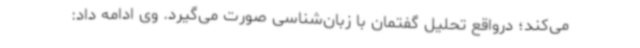
می‌کند؛ درواقع تحلیل گفتمان با زبان‌شناسی صورت می‌گیرد. وی ادامه داد: